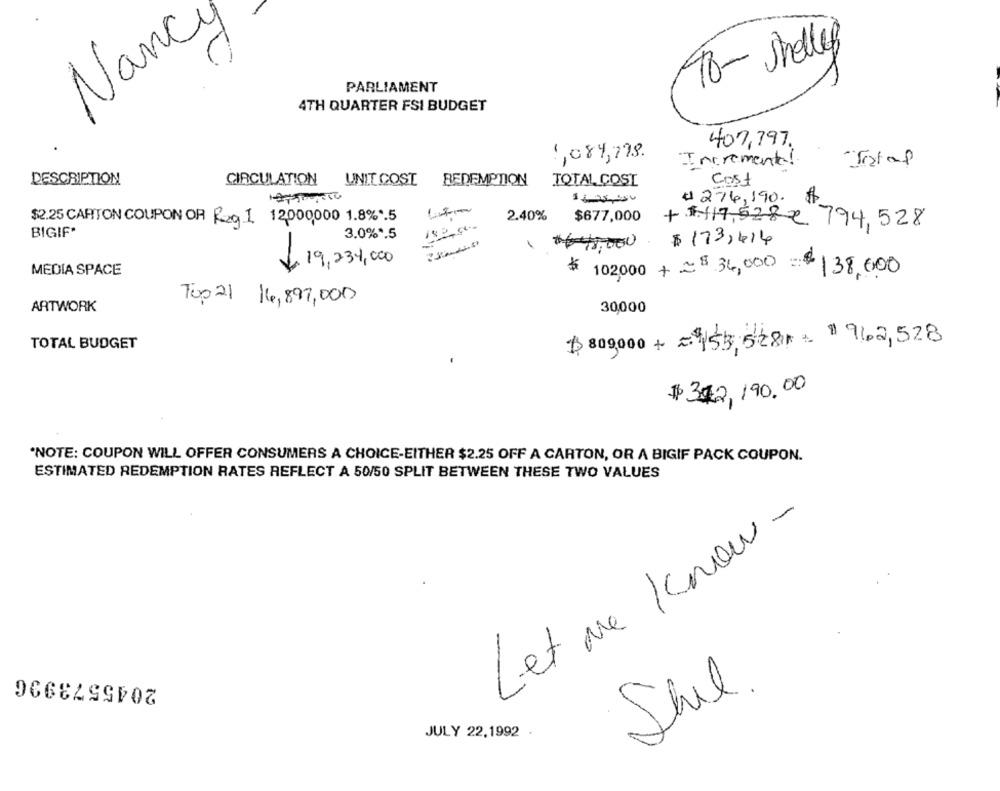
Nanc
/
-
78- Jhellip
PARLIAMENT
4TH QUARTER FSI BUDGET
407,797.
1,084,798.
Incrementa!
DESCRIPTION
CIRCULATION
UNIT COST
REDEMPTION TOTAL COST
Cost
#274,190.
$2.25 CARTON COUPON OR Reg 1 12000,000 1.8% *. 5
2.40% $677,000
+ 1.117,528 2
794,528
BIGIF.
3.0% *. 5
#640,000
$ 173,414
€ 19,234,000
$ 102,000 + =$34,000 =
MEDIA SPACE
138,000
Top 21 16,897,000
ARTWORK
30,000
TOTAL BUDGET
$ 809,000+ =4153, 528r = "942,528
$312, 190.00
*NOTE: COUPON WILL OFFER CONSUMERS A CHOICE-EITHER $2.25 OFF A CARTON, OR A BIGIF PACK COUPON.
ESTIMATED REDEMPTION RATES REFLECT A 50/50 SPLIT BETWEEN THESE TWO VALUES
Let me Know -
2045573996
She
JULY 22.1992